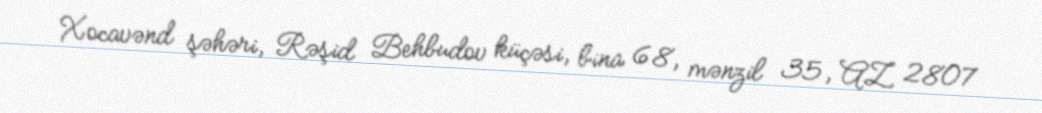
Xocavənd şəhəri, Rəşid Behbudov küçəsi, bina 68, mənzil 35, AZ 2807